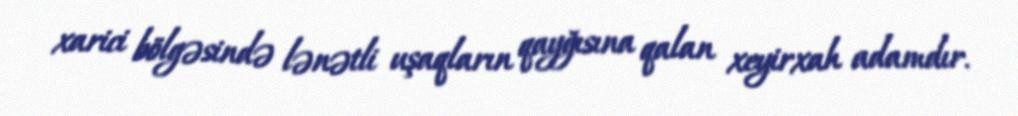
xarici bölgəsində lənətli uşaqların qayğısına qalan xeyirxah adamdır.